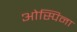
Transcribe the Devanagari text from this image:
ओस्पिना